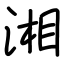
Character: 湘